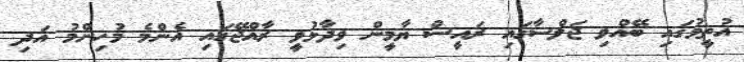
އުތީމުގައި ބޭއްވި ޖަލްސާގައި ރައީސް ޔާމީން ވިދާޅުވީ ރާއްޖޭގައި އެންމެ މުހިންމު އަދި